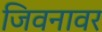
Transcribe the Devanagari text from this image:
जिवनावर